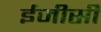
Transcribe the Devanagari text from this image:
ईजीसी